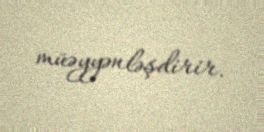
müəyyənləşdirir.